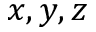
x , y , z